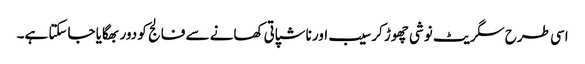
اسی طرح سگریٹ نوشی چھوڑ کر سیب اور ناشپاتی کھانے سے فالج کو دور بھگایا جاسکتا ہے۔